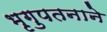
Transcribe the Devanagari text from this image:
भृगुपतनाने